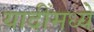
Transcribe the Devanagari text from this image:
यादींमध्ये